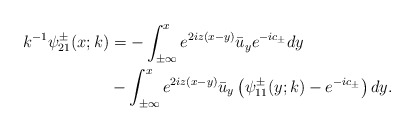
\begin{align*}\begin{aligned}k^{-1}\psi^{\pm}_{21}(x ; k)&=-\int_{\pm \infty}^{x} e^{2iz(x-y)} \bar{u}_y e^{-ic_\pm} d y\\&-\int_{\pm \infty}^{x} e^{2 i z(x-y)} \bar{u}_y\left(\psi^{\pm}_{11}(y ;k)-e^{-ic_\pm} \right) d y.\end{aligned}\end{align*}